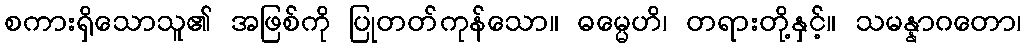
စကားရှိသောသူ၏ အဖြစ်ကို ပြုတတ်ကုန်သော။ ဓမ္မေဟိ၊ တရားတို့နှင့်။ သမန္နာဂတော၊